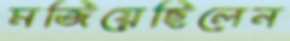
মজিয়েছিলেন